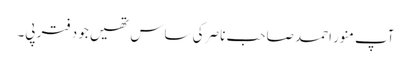
آپ منور احمد صاحب ناصر کی ساس تھیں جو دفتر پی۔